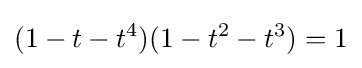
(1-t-t^{4})(1-t^{2}-t^{3})=1